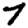
Digit: 7